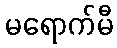
မရောက်မီ